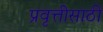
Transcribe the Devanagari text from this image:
प्रवृत्तीसाठी